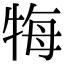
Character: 𤙩